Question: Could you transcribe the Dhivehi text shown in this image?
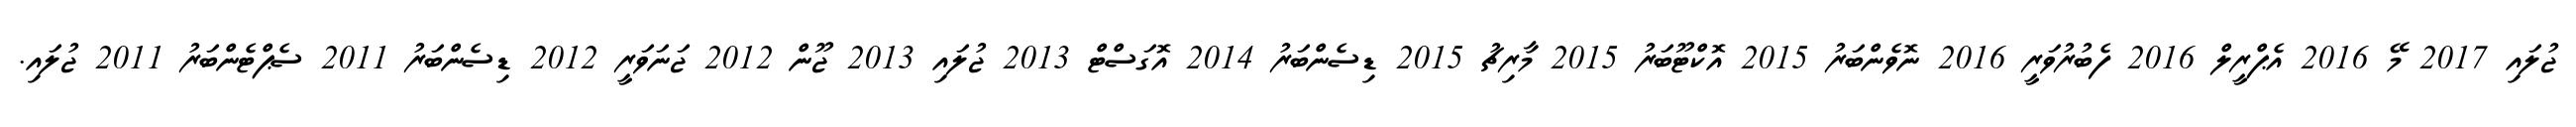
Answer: ޖުލައި 2017 މޭ 2016 އެޕްރީލް 2016 ފެބުރުވަރީ 2016 ނޮވެންބަރު 2015 އޮކްޓޫބަރު 2015 މާރިޗު 2015 ޑިސެންބަރު 2014 އޮގަސްޓް 2013 ޖުލައި 2013 ޖޫން 2012 ޖަނަވަރީ 2012 ޑިސެންބަރު 2011 ސެޕްޓެންބަރު 2011 ޖުލައި.